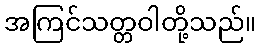
အကြင်သတ္တဝါတို့သည်။